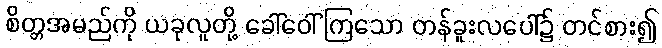
စိတ္တအမည်ကို ယခုလူတို့ ခေါ်ဝေါ်ကြသော တန်ခူးလပေါ်၌ တင်စား၍